Madras plague regulations and rules for the city of Madras
Disease focus: Plague
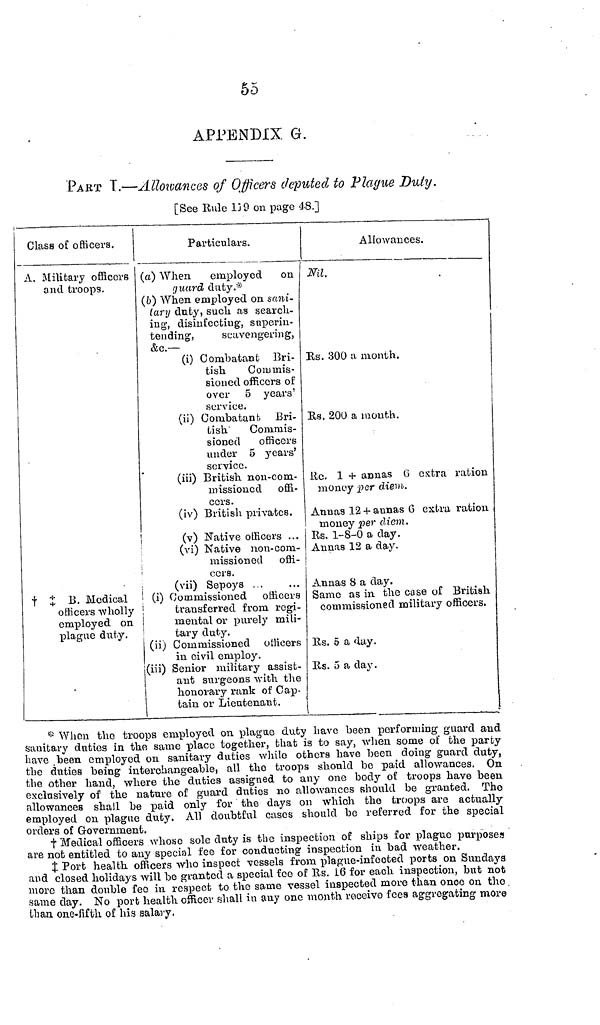
55
APPENDIX. G.
PART T.—Allowances of Officers deputed to Plague Duly.
[See Rule 119 on page 48.]
Class of officers.
A. Military officers
and troops.
B. Medical
officers -wholly
employed on
plague duty.
Particulars.
(a) When
employed
on
guard duty.*-
(6) When employed on sani-
tary duty, such as search-
ing, disinfecting', superin-
tending,
scavengering,
&c. —
(i) Combatant Bri-
tish
Commis-
sioned officers of
over 5 years'
service.
(ii) Combatant. Bri-
tish
Commis-
sioned
officers
under 5 years
service.
(iii) British non-com-
missioned
offi-
cers.
(iv) British privates.
(v) Native officers ...
(vi) Native non-com-
missioned
offi-
cers.
(vii) Sepoys
(i) Commissioned officers
transferred from regi-
mental or purely mili-
tary duty.
(ii) Commissioned officers
in civil employ.
(iii) Senior military assist-
ant surgeons with the
honorary rank of Cap-
Allowances.
Nil.
Rs. 300 a month.
Rs. 200 a mouth.
Rs. 1 + annas 6 extra ration
money per diem.
Annas 12 + annas 6 extra ration
money per diem.
Rs. 1-8-0 a day.
Annas 12 a day.
Annas 8 a day.
Same as in. the case of British
commissioned military officers.
Es. 5 a day.
Es. 5 a day.
tain or Lieutenant.
* When the troops employed on plague duty have been performing guard and
sanitary duties in the same place together, that is to say, when some of the party
have been employed on sanitary duties while others have been doing guard duty,
the duties being interchangeable, all the troops should be paid allowances. On
the other hand, where the duties assigned to any one body of troops have been
exclusively of the nature of guard duties no allowances should be granted. The
allowances shall be paid only for the days 011 which the troops are actually
employed on plague duty. All doubtful cases should be referred for the special
orders of Government.
Medical officers whose sole duty is the inspection of ships for plague purposes
are not entitled to any special fee for conducting inspection in bad weather.
Port health officers who inspect vessels from plague-infected ports on Sundaya
and closed holidays will be granted a special fee of Rs. 16 for each inspection, but not
more than double fee in respect to the same vessel inspected more than once on the
same day. No port health officer shall in any one month receive fees aggregating more
than, one-fifth of his salary.